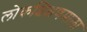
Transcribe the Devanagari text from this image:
लोकशिक्षणमाला